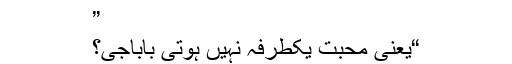
”
“یعنی محبت یکطرفہ نہیں ہوتی باباجی؟